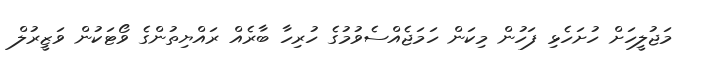
މަޖުލީހަށް ހުށަހެޅި ފަހުން މިކަން ހަމަޖެއްސެވުމުގެ ހުރިހާ ބާރެއް ރައްޔިތުންގެ ވޯޓަކުން ވަޒީރުލް